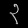
Digit: ၃